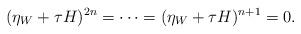
LaTeX: \begin{align*}(\eta_W+\tau H)^{2n}=\cdots=(\eta_W+\tau H)^{n+1}=0.\end{align*}